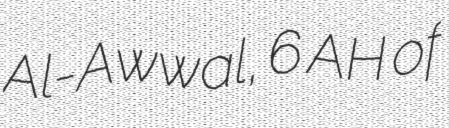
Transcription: Al-Awwal, 6 AH of